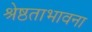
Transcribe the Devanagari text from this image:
श्रेष्ठताभावना